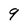
Character: 9